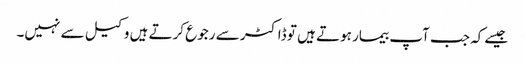
جیسے کہ جب آپ بیمار ہوتے ہیں تو ڈاکٹر سے رجوع کرتے ہیں وکیل سے نہیں۔